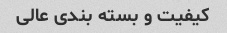
کیفیت و بسته بندی عالی